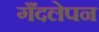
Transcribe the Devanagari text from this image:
गँदलेपन